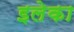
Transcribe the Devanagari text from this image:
इलेका